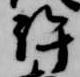
許